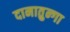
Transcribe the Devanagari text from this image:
दानातुन्गा